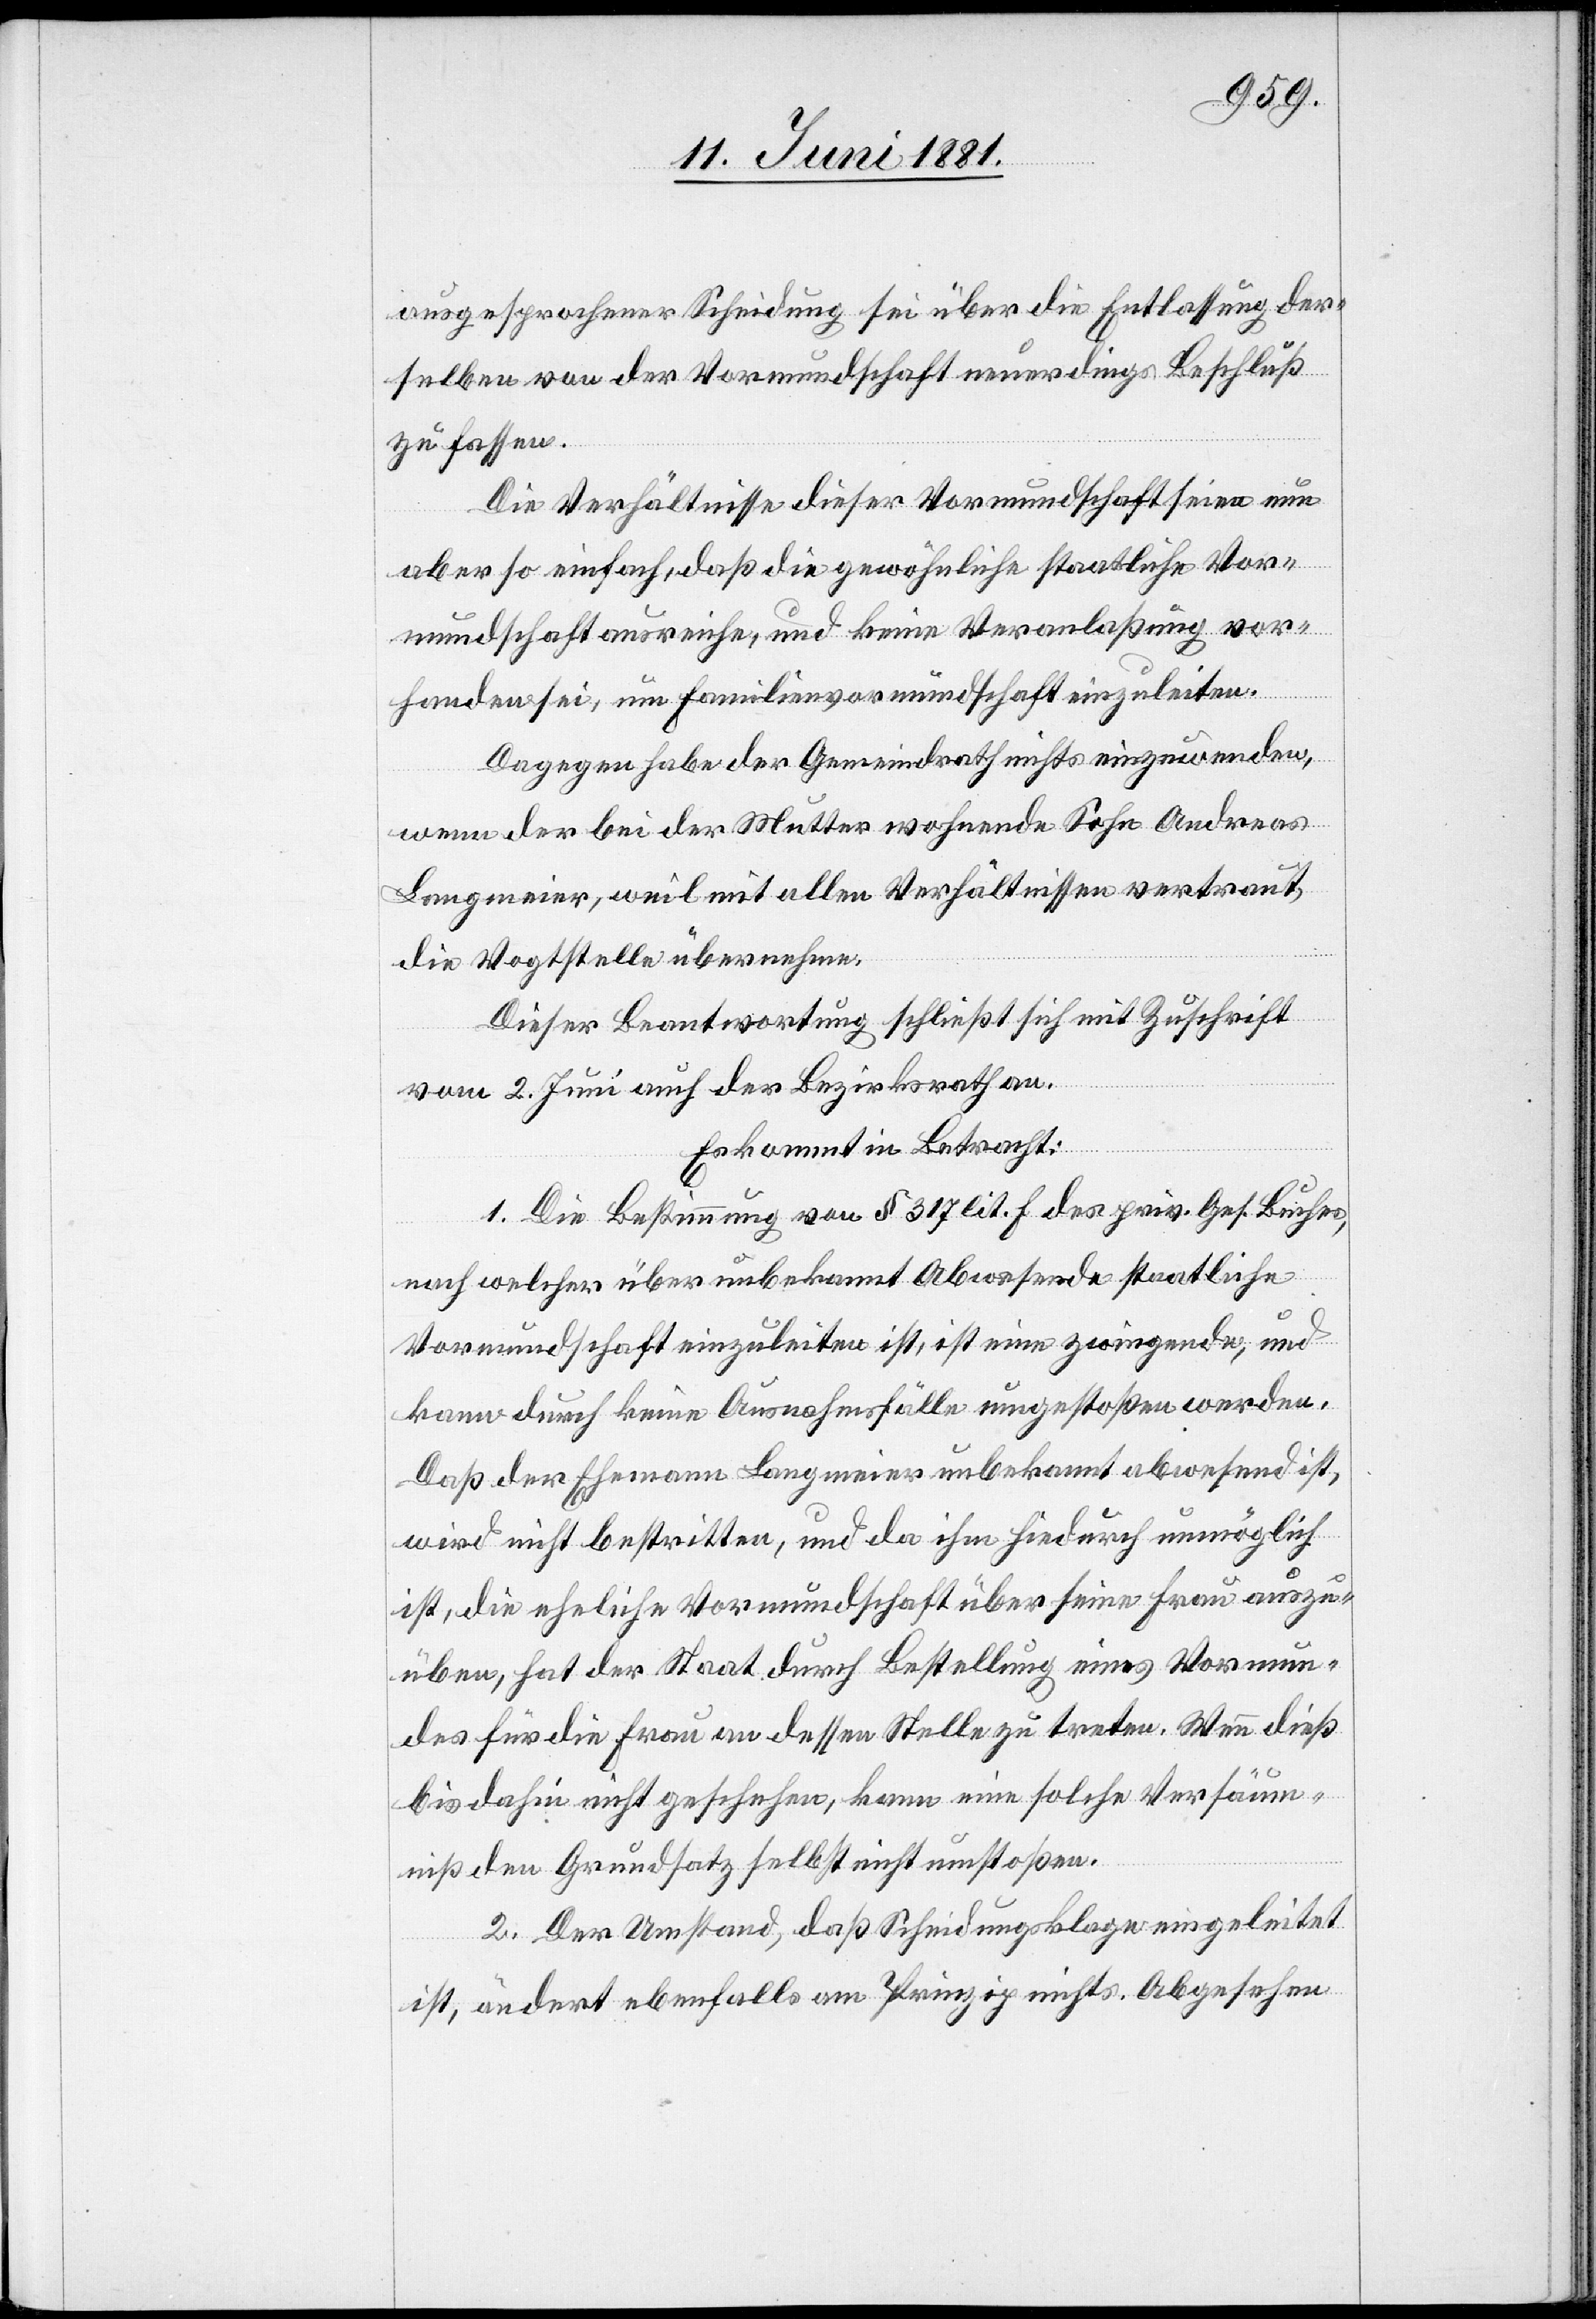
ausgesprochener Scheidung sei über die Entlassung der
selben von der Vormundschaft neuerdings Beschluß
zu fassen.
Die Verhältnisse dieser Vormundschaft seien nun
aber so einfach, daß die gewöhnliche staatliche Vor¬
mundschaft ausreiche, und keine Veranlaßung vor¬
handen sei, um Familienvormundschaft einzuleiten.
Dagegen habe der Gemeindrath nichts einzuwenden,
wenn der bei der Mutter wohnende Sohn Andreas
Langmeier, weil mit allen Verhältnissen vertraut,
die Vogtstelle übernehme.
Dieser Beantwortung schließt sich mit Zuschrift
vom 2. Juni auch der Bezirksrath an.
Es kommt in Betracht:
1. Die Bestimmung von § 317 lit. f. des priv. Ges. Buches,
nach welcher über unbekannt Abwesende staatliche
Vormundschaft einzuleiten ist, ist eine zwingende, und
kann durch keine Ausnahmsfälle umgestoßen werden.
Daß der Ehemann Langmeier unbekannt abwesend ist,
wird nicht bestritten, und da ihm hiedurch unmöglich
ist, die eheliche Vormundschaft über seine Frau auszu¬
üben, hat der Staat durch Bestellung eines Vormun¬
des für die Frau an dessen Stelle zu treten. Wenn dieß
bis dahin nicht geschehen, kann solche Versäum¬
niß den Grundsatz selbst nicht umstoßen.
2. Der Umstand, daß Scheidungsklage eingeleitet
ist, ändert ebenfalls am Prinzip nichts. Abgesehen